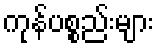
ကုန်ပစ္စည်းများ